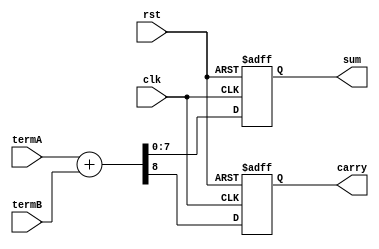
////////////////////////////////////////////////////////////////////////
// 	Jul 28 2018
//	Syncronous adder
//	by VAL
////////////////////////////////////////////////////////////////////////

module seq_adder(
	clk,
	rst,
	termA,
	termB,
	sum,
	carry);
	
	parameter N = 8;
	
	input 				clk;
	input				rst;
	input		[N-1:0]	termA;
	input		[N-1:0]	termB;
	output reg	[N-1:0]	sum;
	output reg			carry;
	
	
	always @ (posedge clk or posedge rst)
	begin
		if(rst)
		begin
			sum 	<= 0;
			carry 	<= 0;
		end
		else
		begin
			{carry, sum} <= termA + termB;
		end
	end

endmodule